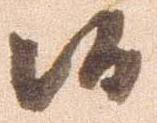
候